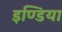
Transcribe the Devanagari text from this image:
इण्‍डिया